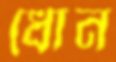
ধোন